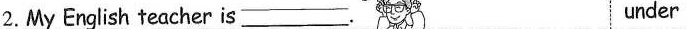
2.My English teacher is ___. under